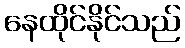
နေထိုင်နိုင်သည်